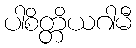
ပါစိတ္တိယဂါမီ